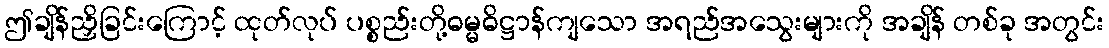
ဤချိန်ညှိခြင်းကြောင့် ထုတ်လုပ် ပစ္စည်းတို့ဓမ္မဓိဋ္ဌာန်ကျသော အရည်အသွေးများကို အချိန် တစ်ခု အတွင်း